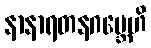
နာနာရတနဂဗ္ဘေဟိ